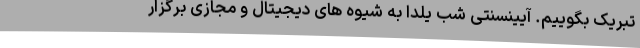
تبریک بگوییم. آیینسنتی شب یلدا به شیوه های دیجیتال و مجازی برگزار